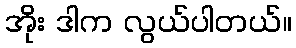
အိုး ဒါက လွယ်ပါတယ်။